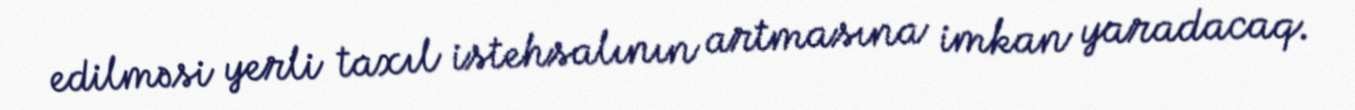
edilməsi yerli taxıl istehsalının artmasına imkan yaradacaq.